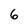
Character: 6